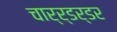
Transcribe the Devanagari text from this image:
चार्र्डर्डर